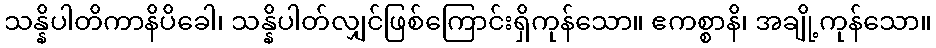
သန္နိပါတိကာနိပိခေါ၊ သန္နိပါတ်လျှင်ဖြစ်ကြောင်းရှိကုန်သော။ ဧကစ္စာနိ၊ အချို့ကုန်သော။